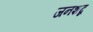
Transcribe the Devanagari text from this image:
जनशब्द